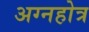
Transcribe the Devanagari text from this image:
अग्नहोत्र